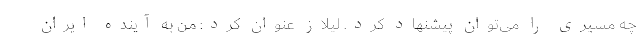
چه مسیری را می‌توان پیشنهاد کرد. لیلاز عنوان کرد: من به آینده ایران